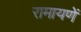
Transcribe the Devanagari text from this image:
रामायणें